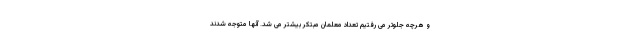
و هرچه جلوتر می رفتیم تعداد معلمان مبتکر بیشتر می شد. آنها متوجه شدند